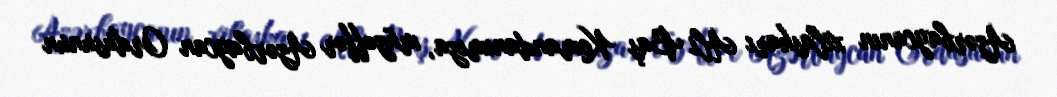
Azərbaycanın xilaskarı Ali Baş Komandanımıza, müzəffər Azərbaycan Ordusunun